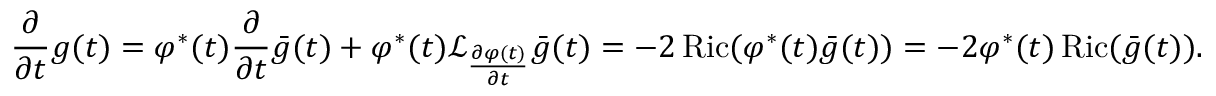
\frac { \partial } { \partial t } g ( t ) = \varphi ^ { * } ( t ) \frac { \partial } { \partial t } \bar { g } ( t ) + \varphi ^ { * } ( t ) \mathcal { L } _ { \frac { \partial \varphi ( t ) } { \partial t } } \bar { g } ( t ) = - 2 \operatorname { R i c } ( \varphi ^ { * } ( t ) \bar { g } ( t ) ) = - 2 \varphi ^ { * } ( t ) \operatorname { R i c } ( \bar { g } ( t ) ) .